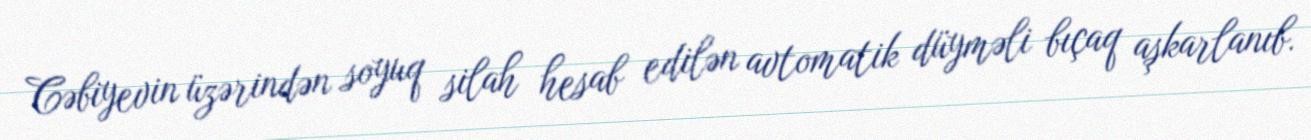
Cəbiyevin üzərindən soyuq silah hesab edilən avtomatik düyməli bıçaq aşkarlanıb.